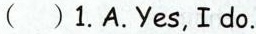
( )1.A.Yes, I do.